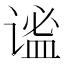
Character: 谧